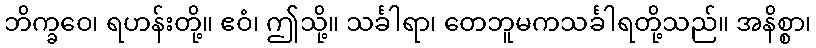
ဘိက္ခဝေ၊ ရဟန်းတို့။ ဧဝံ၊ ဤသို့။ သင်္ခါရာ၊ တေဘူမကသင်္ခါရတို့သည်။ အနိစ္စာ၊